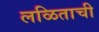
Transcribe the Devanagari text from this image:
लळिताची